画像に写った文字を読んでください
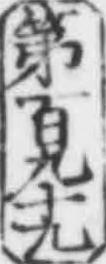
「第百九十九」と書いてあります